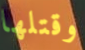
وقتلها